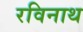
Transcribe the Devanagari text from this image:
रविनाथ